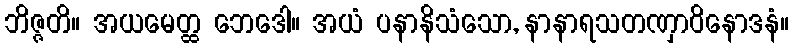
ဘိဇ္ဇတိ။ အယမေတ္ထ ဘေဒေါ။ အယံ ပနာနိသံသော, နာနာရသတဏှာဝိနောဒနံ။